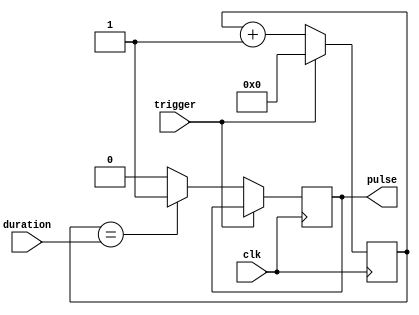
module one_shot_timer (
    input trigger,
    input clk,
    input [7:0] duration,
    output reg pulse
);

reg [7:0] count;

always @(posedge clk) begin
    if (trigger) begin
        count <= 8'b0;
    end
    else begin
        count <= count + 1;
        
        if (count == duration) begin
            pulse <= 1'b1;
        end
        else begin
            pulse <= 1'b0;
        end
    end
end

endmodule